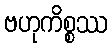
ဗဟုကိစ္စဿ